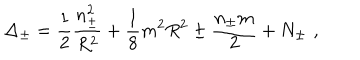
LaTeX: \Delta _ { \pm } = \displaystyle \frac { 1 } { 2 } \displaystyle \frac { n _ { \pm } ^ { 2 } } { R ^ { 2 } } + \displaystyle \frac { 1 } { 8 } m ^ { 2 } R ^ { 2 } \pm \displaystyle \frac { n _ { \pm } m } { 2 } + N _ { \pm } \, \, ,